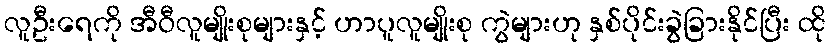
လူဦးရေကို အီဝီလူမျိုးစုများနှင့် ဟာပူလူမျိုးစု ကွဲများဟု နှစ်ပိုင်းခွဲခြားနိုင်ပြီး ထို